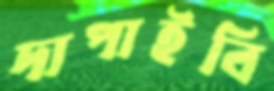
দাপাইবি